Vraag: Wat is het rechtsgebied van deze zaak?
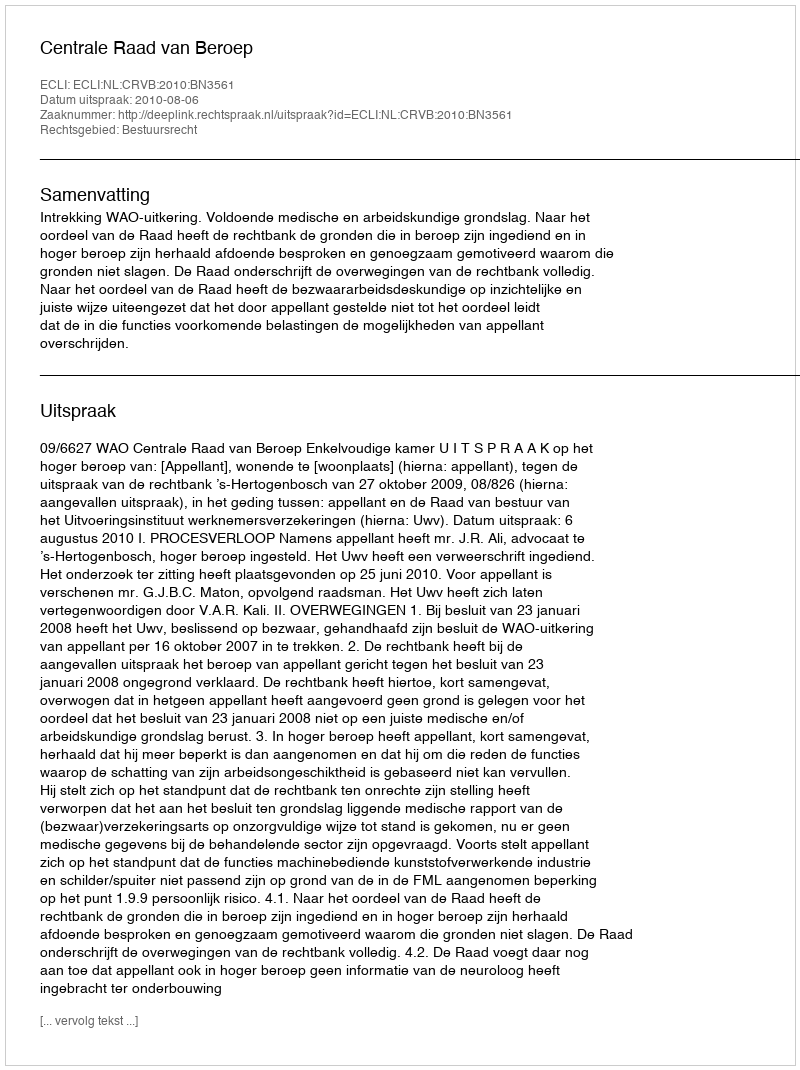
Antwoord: Bestuursrecht